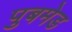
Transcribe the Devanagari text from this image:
पुबमेड